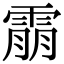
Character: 䨜